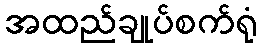
အထည်ချုပ်စက်ရုံ